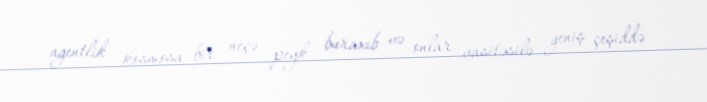
agentlik kosmosa bir neçə peyk buraxıb və onlar vasitəsilə geniş çeşiddə